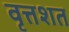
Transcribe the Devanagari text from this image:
वृत्तशत